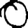
Digit: 0